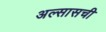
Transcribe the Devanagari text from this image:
अल्सासची